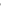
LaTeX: \tilde{}